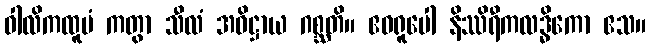
ဝါလိကထူပံ ကတွာ သီလံ အဓိဋ္ဌာယ ဂစ္ဆတိ။ ဧဝရူပေါ နိဿိရီကလဒ္ဓိကော ဧသ။